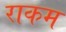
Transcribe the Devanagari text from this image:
राकम